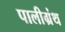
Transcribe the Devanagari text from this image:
पालीग्रंथ